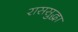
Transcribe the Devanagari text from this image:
राससुद्धा